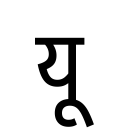
OCR:
यू